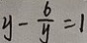
y - \frac { 6 } { y } = 1